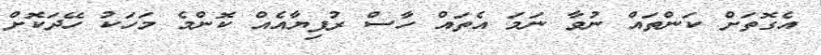
އެގޮތަށް ކަންތައް ނުވާ ނަމަ އެތައް ހާސް ރުފިޔާއެއް ކޮންމެ މަހަކު ހޭދަކޮށް